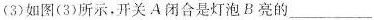
(3)如图(3)所示，开关A闭合是灯泡B亮的___